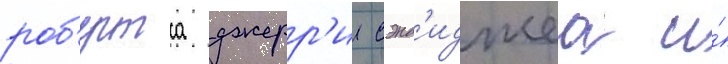
роб'ертса джерр'и сэнд'иджеа и́